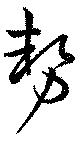
勢